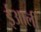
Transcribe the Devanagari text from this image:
ईआली